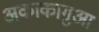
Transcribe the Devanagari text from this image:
अकाकागुआ